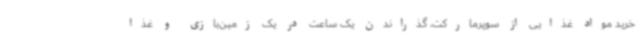
خرید مواد غذایی از سوپرمارکت، گذراندن یک ساعت در یک زمین‌بازی و غذا